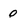
Character: 0